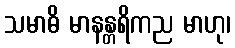
သမာဓိ မာနန္တရိကည မာဟု၊